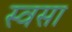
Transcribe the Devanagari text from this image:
स्वसा